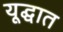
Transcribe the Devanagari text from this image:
यूद्घात